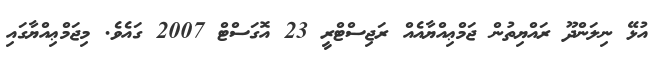
އުޅޭ ނިލަންދޫ ރައްޔިތުން ޖަމްޢިއްޔާއެއް ރަޖިސްޓްރީ 23 އޮގަސްޓް 2007 ގައެވެ. މިޖަމްޢިއްޔާގައި